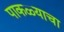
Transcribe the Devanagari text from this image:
पाकळ्याचा